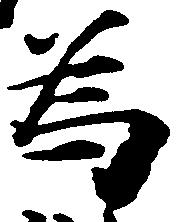
為